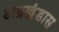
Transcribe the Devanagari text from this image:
अग्रखंडास